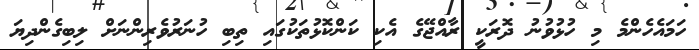
ހަމައެހެންމެ މި ހުޅުވުނު ދޮރަކީ ރާއްޖޭގެ އެކި ކަންކޮޅުތަކުގައި ތިބި ހުނަރުވެރިންނަށް ލިބިގެންދިޔަ